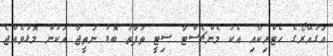
އަގުއޭރޯގެ ހެޓްރިކާއި އެކު މެންޗެސްޓާ ސިޓީ ތަފާތު ބޮޑު ނަތީޖާ އަކުން މޮޅުވެއްޖެ